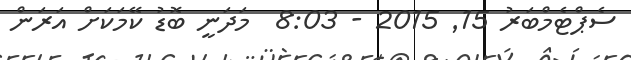
ސެޕްޓެމްބަރު 15